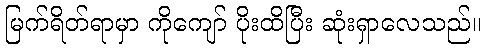
မြက်ရိတ်ရာမှာ ကိုကျော် ပိုးထိပြီး ဆုံးရှာလေသည်။